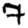
Digit: 7